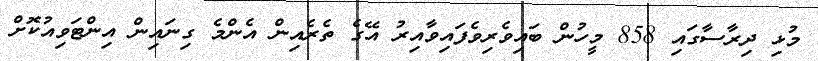
މުޅި ދިރާސާގައި 858 މީހުން ބައިވެރިވެފައިވާއިރު އޭގެ ތެރެއިން އެންމެ ގިނައިން އިންޓަވިއުކޮށް